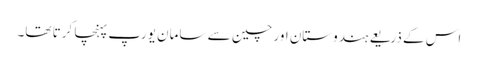
اس کے ذریعے ہندوستان اور چین سے سامان یورپ پہنچا کرتا تھا۔